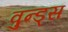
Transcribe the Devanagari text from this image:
वुन्ड्स